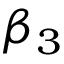
\beta _ { 3 }